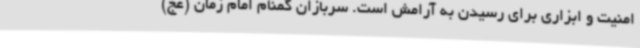
امنیت و ابزاری برای رسیدن به آرامش است. سربازان گمنام امام زمان (عج)